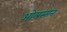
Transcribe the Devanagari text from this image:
ओलस्सन